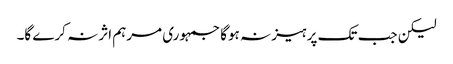
لیکن جب تک پرہیز نہ ہوگا جمہوری مرہم اثر نہ کرے گا۔